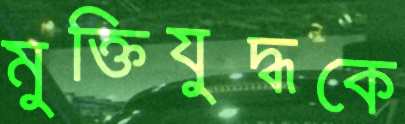
মুক্তিযুদ্ধকে